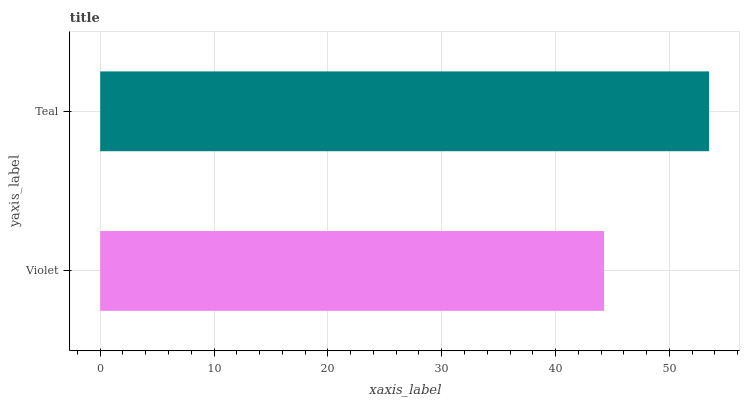
| yaxis_label | bars |
 | --- | --- |
 | Violet | 44.3 |
 | Teal | 53.5 |